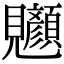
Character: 𫌧